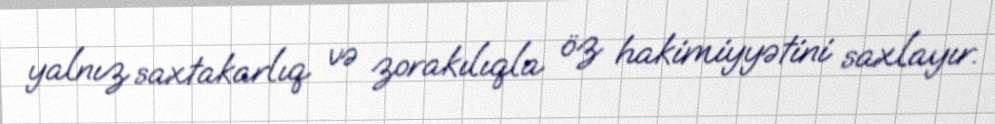
yalnız saxtakarlıq və zorakılıqla öz hakimiyyətini saxlayır.